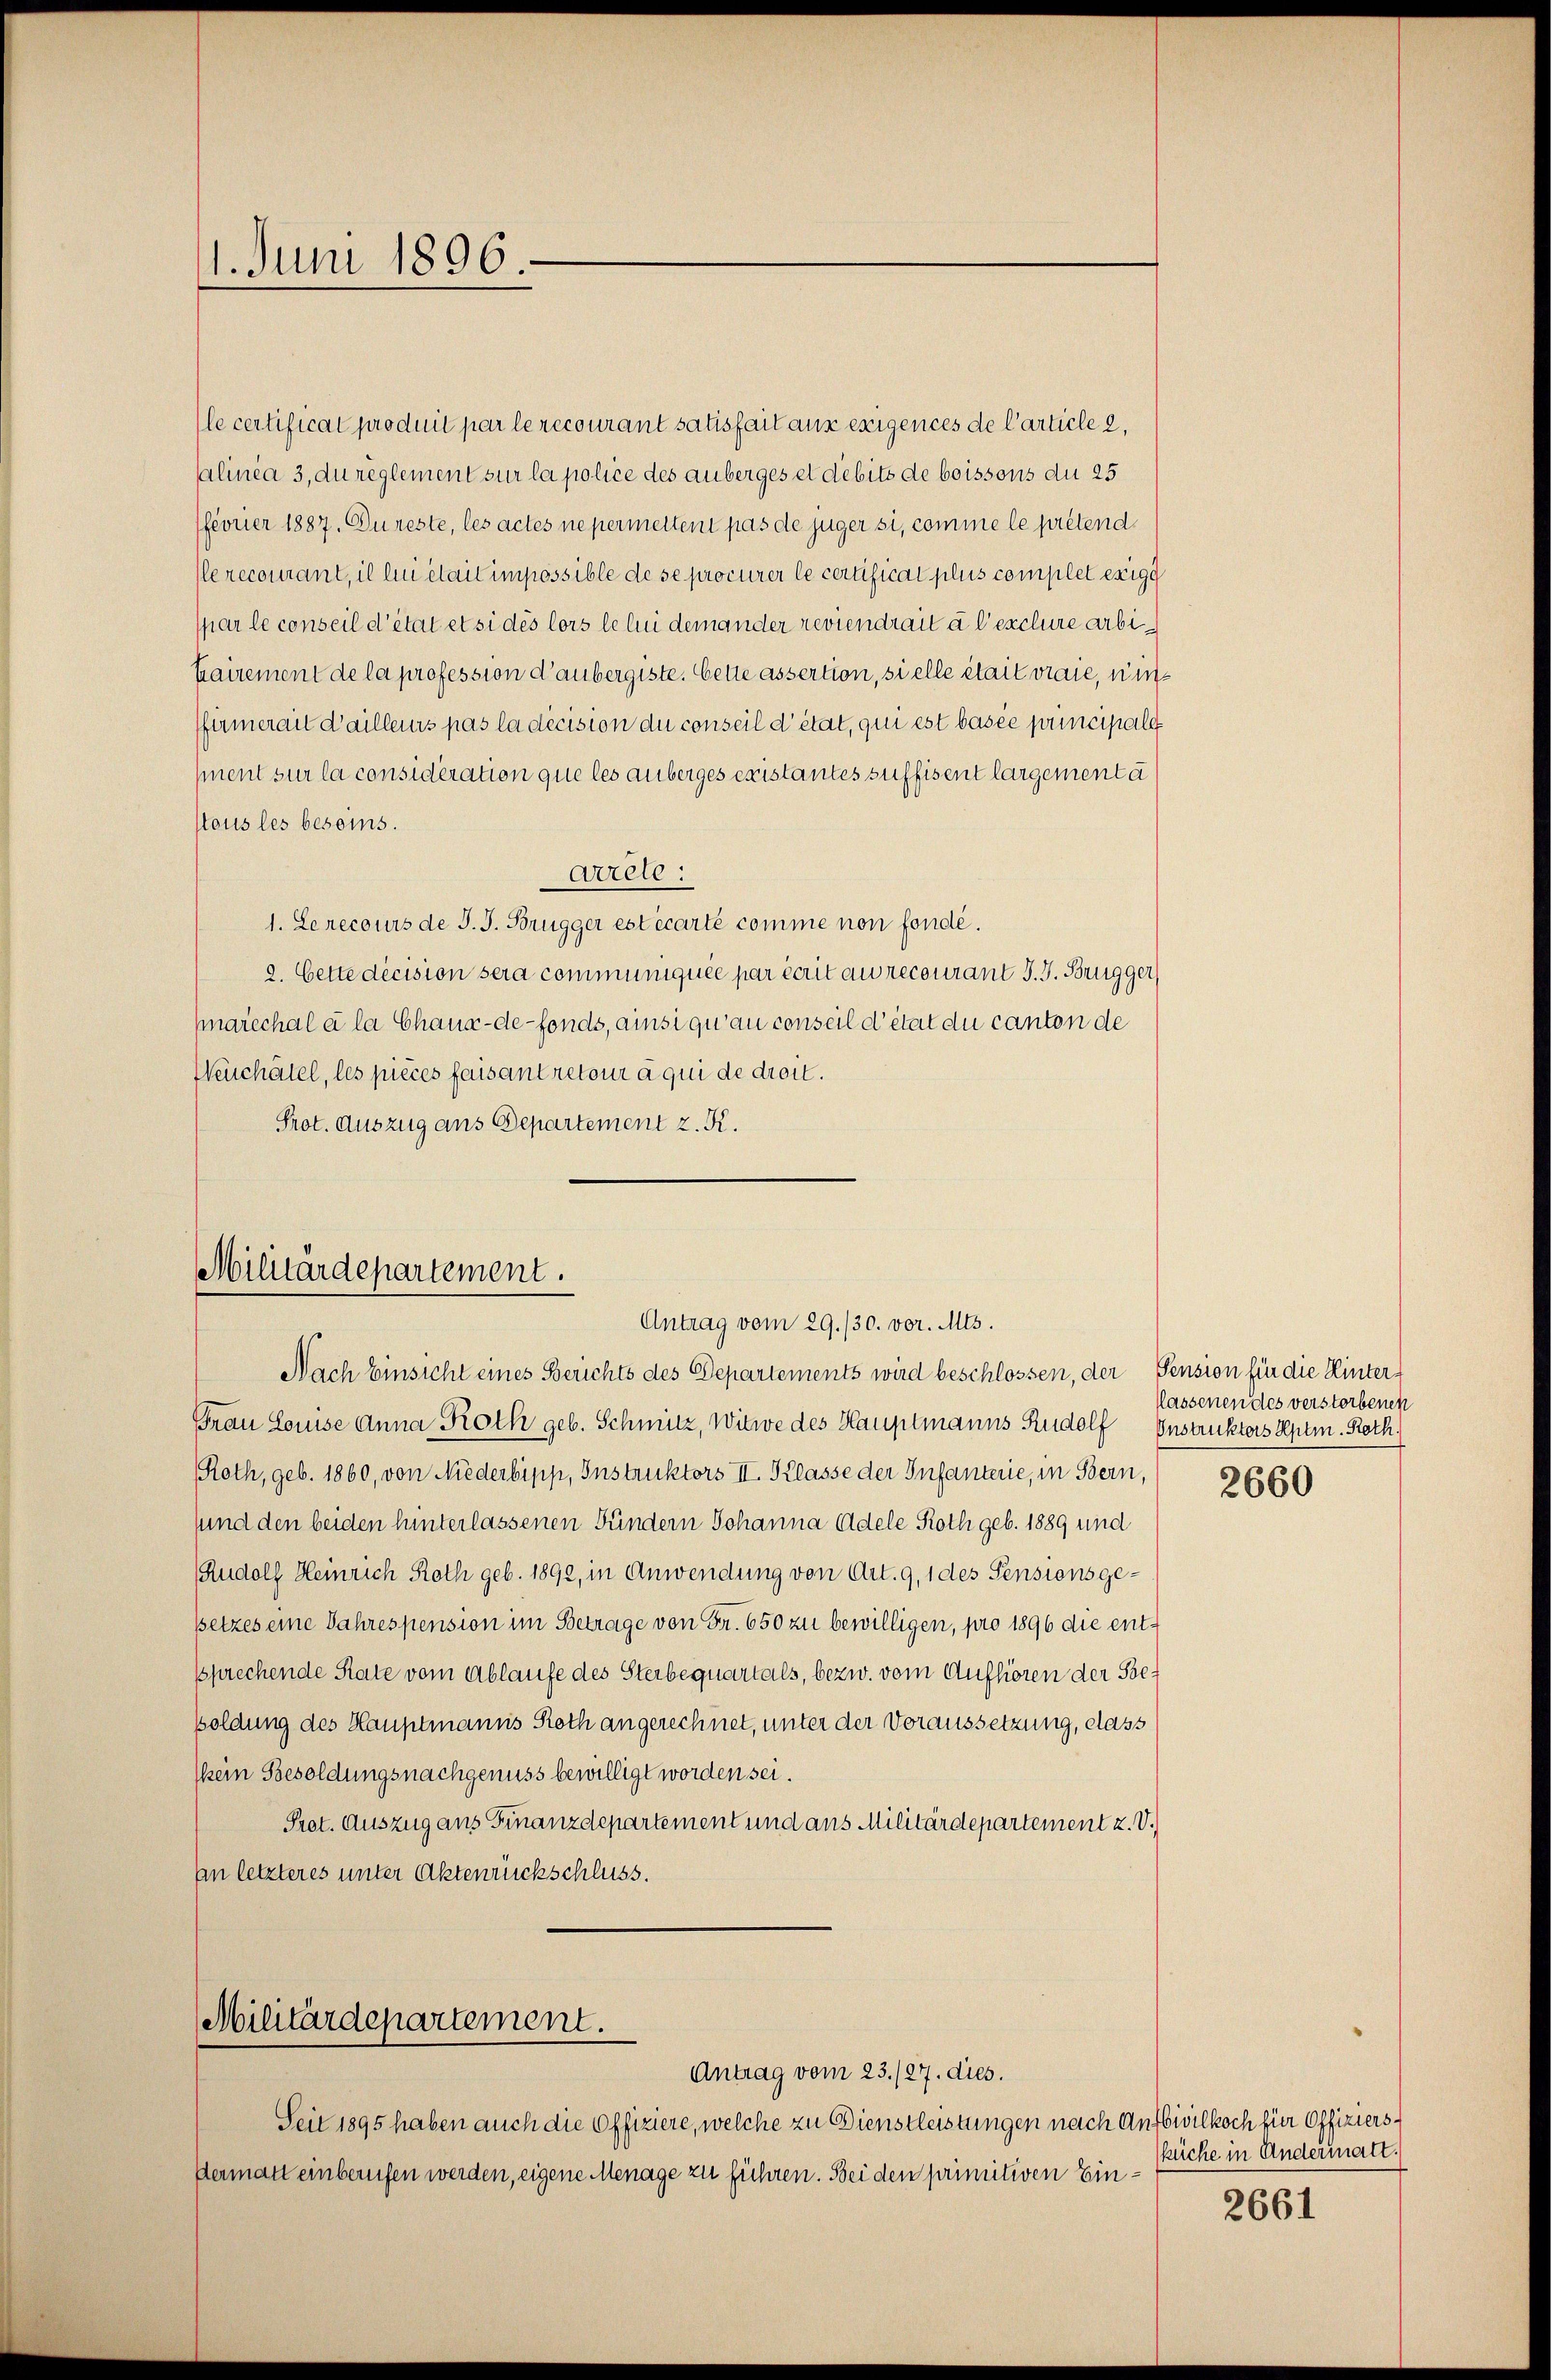
11. Juni 1896.

le certificat produit par le recourant satisfait aus exigences de Carticle 2,
alinea 3, du règlement sur la police des anberges et debits de boissons du 25
fferner 1887. Dureste, les actes ne permettent pas de juger si, comme le prétend
lerecourant, il lui était impossible de se procurer le certificat plus complet exige
spar le conseil d’état et si dés lors le lui demander reviendrait à l’exclure arbihairement de la profession d’aubergiste. Cette assertion, si elle était vraie, ni
ffirmerait d’ailleurs pas la décision du conseil d’état, qui est basée principale
sment sur la considération que les anberges existantes suffisent largementa
tous les besoins.
arrete:
1. Le recours de J. J. Brugger est écarte comme non fondé.
2. Cette décision sera communiquée par écrit au recourant J. J. Brugger
Marechale la Chaux-de-Fonds, ainsi qu’au conseil d’état du canton de
Neuchâtel, les pièces faisantretour à qui de droit.
Prot. Auszug aus Departement z. K.

Militärdepartement.
Antrag vom 29./30. vor. Mts.

Militärdepartement.
Antrag vom 23./27. dies.

Nach Einsicht eines Berichts des Departements wird beschlossen, der Pension für die Hinter-
Frau Louise Anna Roth geb. Schmutz, Witwe des Hauptmanns Rudolf
Roth, geb. 1860, von Niederbipp, Instruktors II. Klasse der Infanterie, in Bern,
sund den beiden hinterlassenen Bündern Johanna Adele Roth geb. 1889 und
Rudolf Heinrich Roth geb. 1892, in Anwendung von Art. 9, 1 des Pensionsgesetzes eine Jahrespension im Betrage von Fr. 650 zu bewilligen, pro 1896 die entsprechende Rate vom Ablaufe des Sterbequartals, bezw. vom Aufhören der Besoldung des Hauptmanns Roth angerechnet, unter der Voraussetzung, dass
kein Besoldungsnachgenuss bewilligt worden sei.
Pret. Auszug aus Finanzdepartement und aus Militärdepartement u. V.
In letzteres unter Aktenrückschluss.

Seit 1895 haben auch die Offiziere, welche zu Dienstleistungen nach Anfbivilkoch für Offiziersdermatt einberufen werden, eigene Menage zu führen. Bei den primitiven Ein¬

lassenen des verstorbenen
Instruktors Hptm. Roth.

2660

küche in Andermatt.

2661